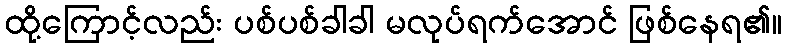
ထို့ကြောင့်လည်း ပစ်ပစ်ခါခါ မလုပ်ရက်အောင် ဖြစ်နေရ၏။